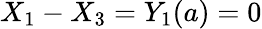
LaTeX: X_{1}-X_{3}=Y_{1}(a)=0